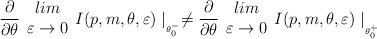
LaTeX: \begin{align*}\frac{\partial }{\partial \theta }\begin{array}{c}lim\\\varepsilon \rightarrow 0\end{array}I(p,m,\theta ,\varepsilon )\mid _{_{\theta ^{-}_{0}}}\neq \frac{\partial }{\partial \theta }\begin{array}{c}lim\\\varepsilon \rightarrow 0\end{array}I(p,m,\theta ,\varepsilon )\mid _{_{_{\theta _{0}^{+}}}}\end{align*}